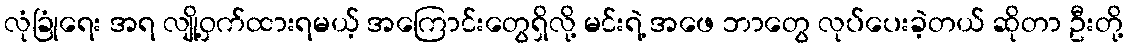
လုံခြုံရေး အရ လျို့ဝှက်ထားရမယ့် အကြောင်းတွေရှိလို့ မင်းရဲ့ အဖေ ဘာတွေ လုပ်ပေးခဲ့တယ် ဆိုတာ ဦးတို့